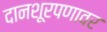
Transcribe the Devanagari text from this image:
दानशूरपणावर